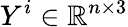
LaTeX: Y^{i}\in\mathbb{R}^{n\times 3}